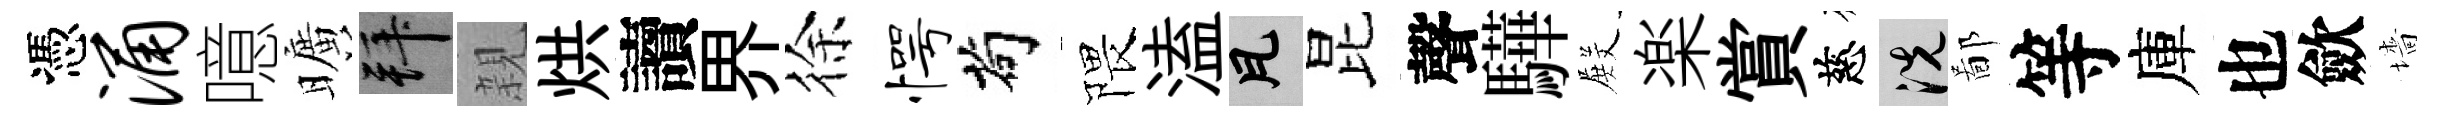
憑涌噫曠拜親烘讀界徐愕茍隈溘瓦昆聲驊𭮺楽賞慈洗鄙等庫也歛墻